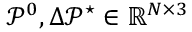
\mathcal { P } ^ { 0 } , \Delta \mathcal { P } ^ { \star } \in \mathbb { R } ^ { N \times 3 }